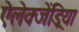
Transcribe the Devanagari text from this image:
ऐलेक्जेंड्रिया